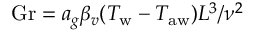
\mathrm { G r } = { a _ { g } \beta _ { v } ( T _ { \mathrm { w } } - T _ { \mathrm { a w } } ) L ^ { 3 } } / { \nu ^ { 2 } }